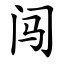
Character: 闯